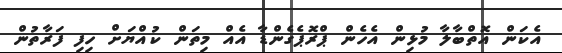
އެކަން އޮތްބާލާ މުޅިން އެހެން ޕްރޮޕެގެންޑާ އެއް މިތަން ކުއްޔަށް ހިފި ފަރާތުން